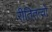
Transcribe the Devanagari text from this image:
रीतितत्वों